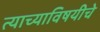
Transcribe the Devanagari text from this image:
त्याच्याविषयीचे